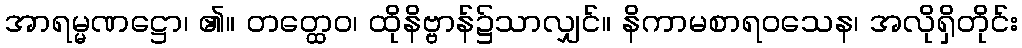
အာရမ္မဏဋ္ဌော၊ ၏။ တတ္ထေဝ၊ ထိုနိဗ္ဗာန်၌သာလျှင်။ နိကာမစာရဝသေန၊ အလိုရှိတိုင်း